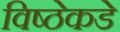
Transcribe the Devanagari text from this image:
विष्ठेकडे